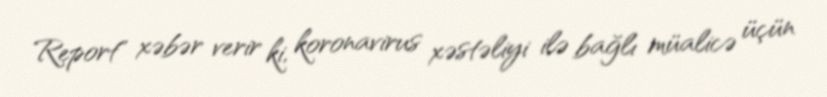
Report" xəbər verir ki, koronavirus xəstəliyi ilə bağlı müalicə üçün